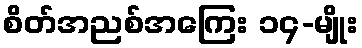
စိတ်အညစ်အကြေး ၁၄-မျိုး